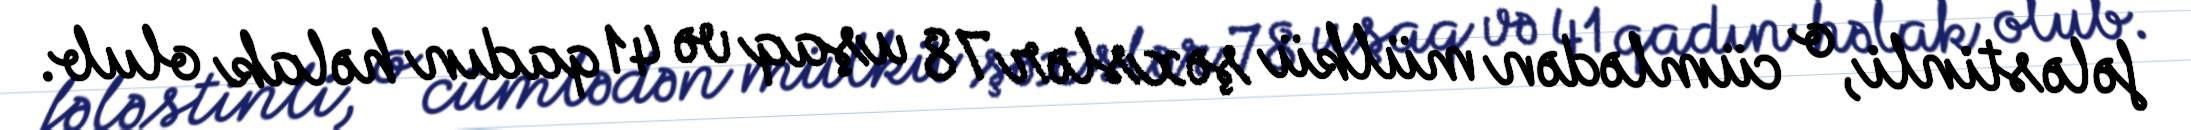
fələstinli, o cümlədən mülkü şəxslər 78 uşaq və 41 qadın həlak olub.